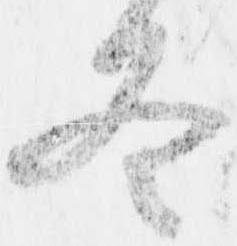
冬